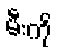
မီးကို